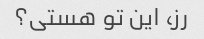
رز، این تو هستی؟